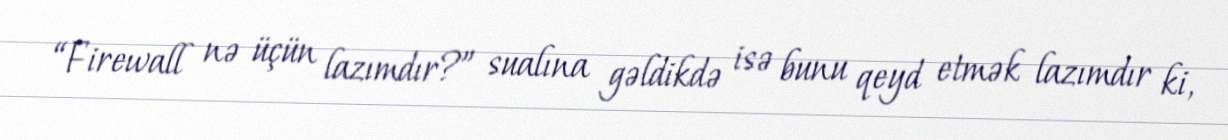
“Firewall nə üçün lazımdır?” sualına gəldikdə isə bunu qeyd etmək lazımdır ki,